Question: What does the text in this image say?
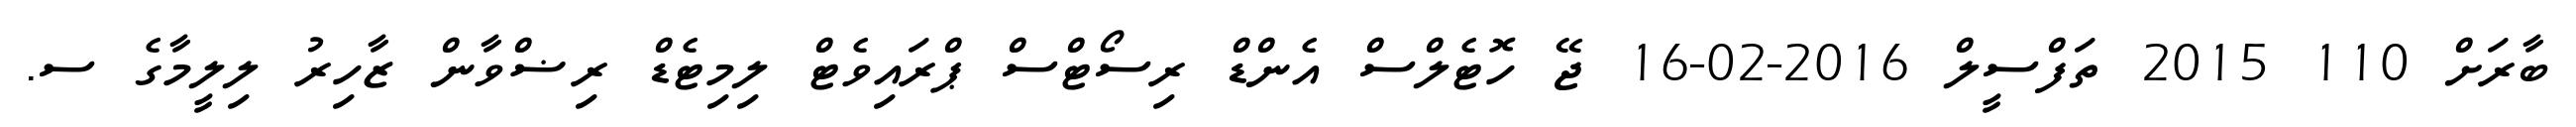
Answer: ބާރަށް 110 2015 ތަފްސީލް 2016-02-16 ޖޭ ހޮޓެލްސް އެންޑް ރިސޯޓްސް ޕްރައިވެޓް ލިމިޓެޑް ރިޟްވާން ޒާހިރު ލިލީމާގެ ސ.